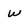
Character: W